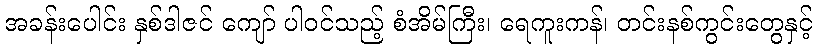
အခန်းပေါင်း နှစ်ဒါဇင် ကျော် ပါဝင်သည့် စံအိမ်ကြီး၊ ရေကူးကန်၊ တင်းနစ်ကွင်းတွေနှင့်